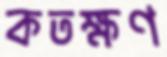
কতক্ষণ